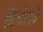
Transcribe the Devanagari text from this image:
बिचोलये